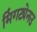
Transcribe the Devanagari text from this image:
मिंगट्येनउ